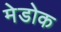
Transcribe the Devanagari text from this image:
मेडोक